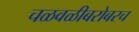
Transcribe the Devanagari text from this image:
चळवळीबरोबरच